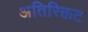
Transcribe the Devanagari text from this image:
अतिरिक्तट